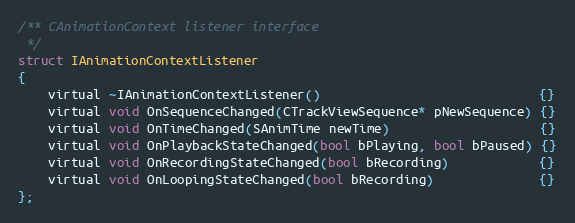
Language: C
/** CAnimationContext listener interface
 */
struct IAnimationContextListener
{
	virtual ~IAnimationContextListener()                             {}
	virtual void OnSequenceChanged(CTrackViewSequence* pNewSequence) {}
	virtual void OnTimeChanged(SAnimTime newTime)                    {}
	virtual void OnPlaybackStateChanged(bool bPlaying, bool bPaused) {}
	virtual void OnRecordingStateChanged(bool bRecording)            {}
	virtual void OnLoopingStateChanged(bool bRecording)              {}
};